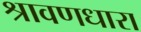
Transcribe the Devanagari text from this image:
श्रावणधारा